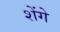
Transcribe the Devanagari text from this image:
शेंगे